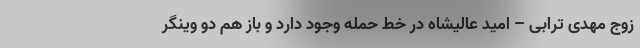
زوج مهدی ترابی – امید عالیشاه در خط حمله وجود دارد و باز هم دو وینگر